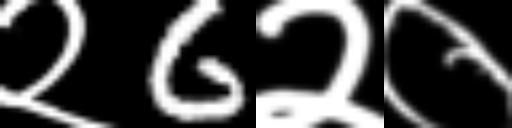
Text: २6२०